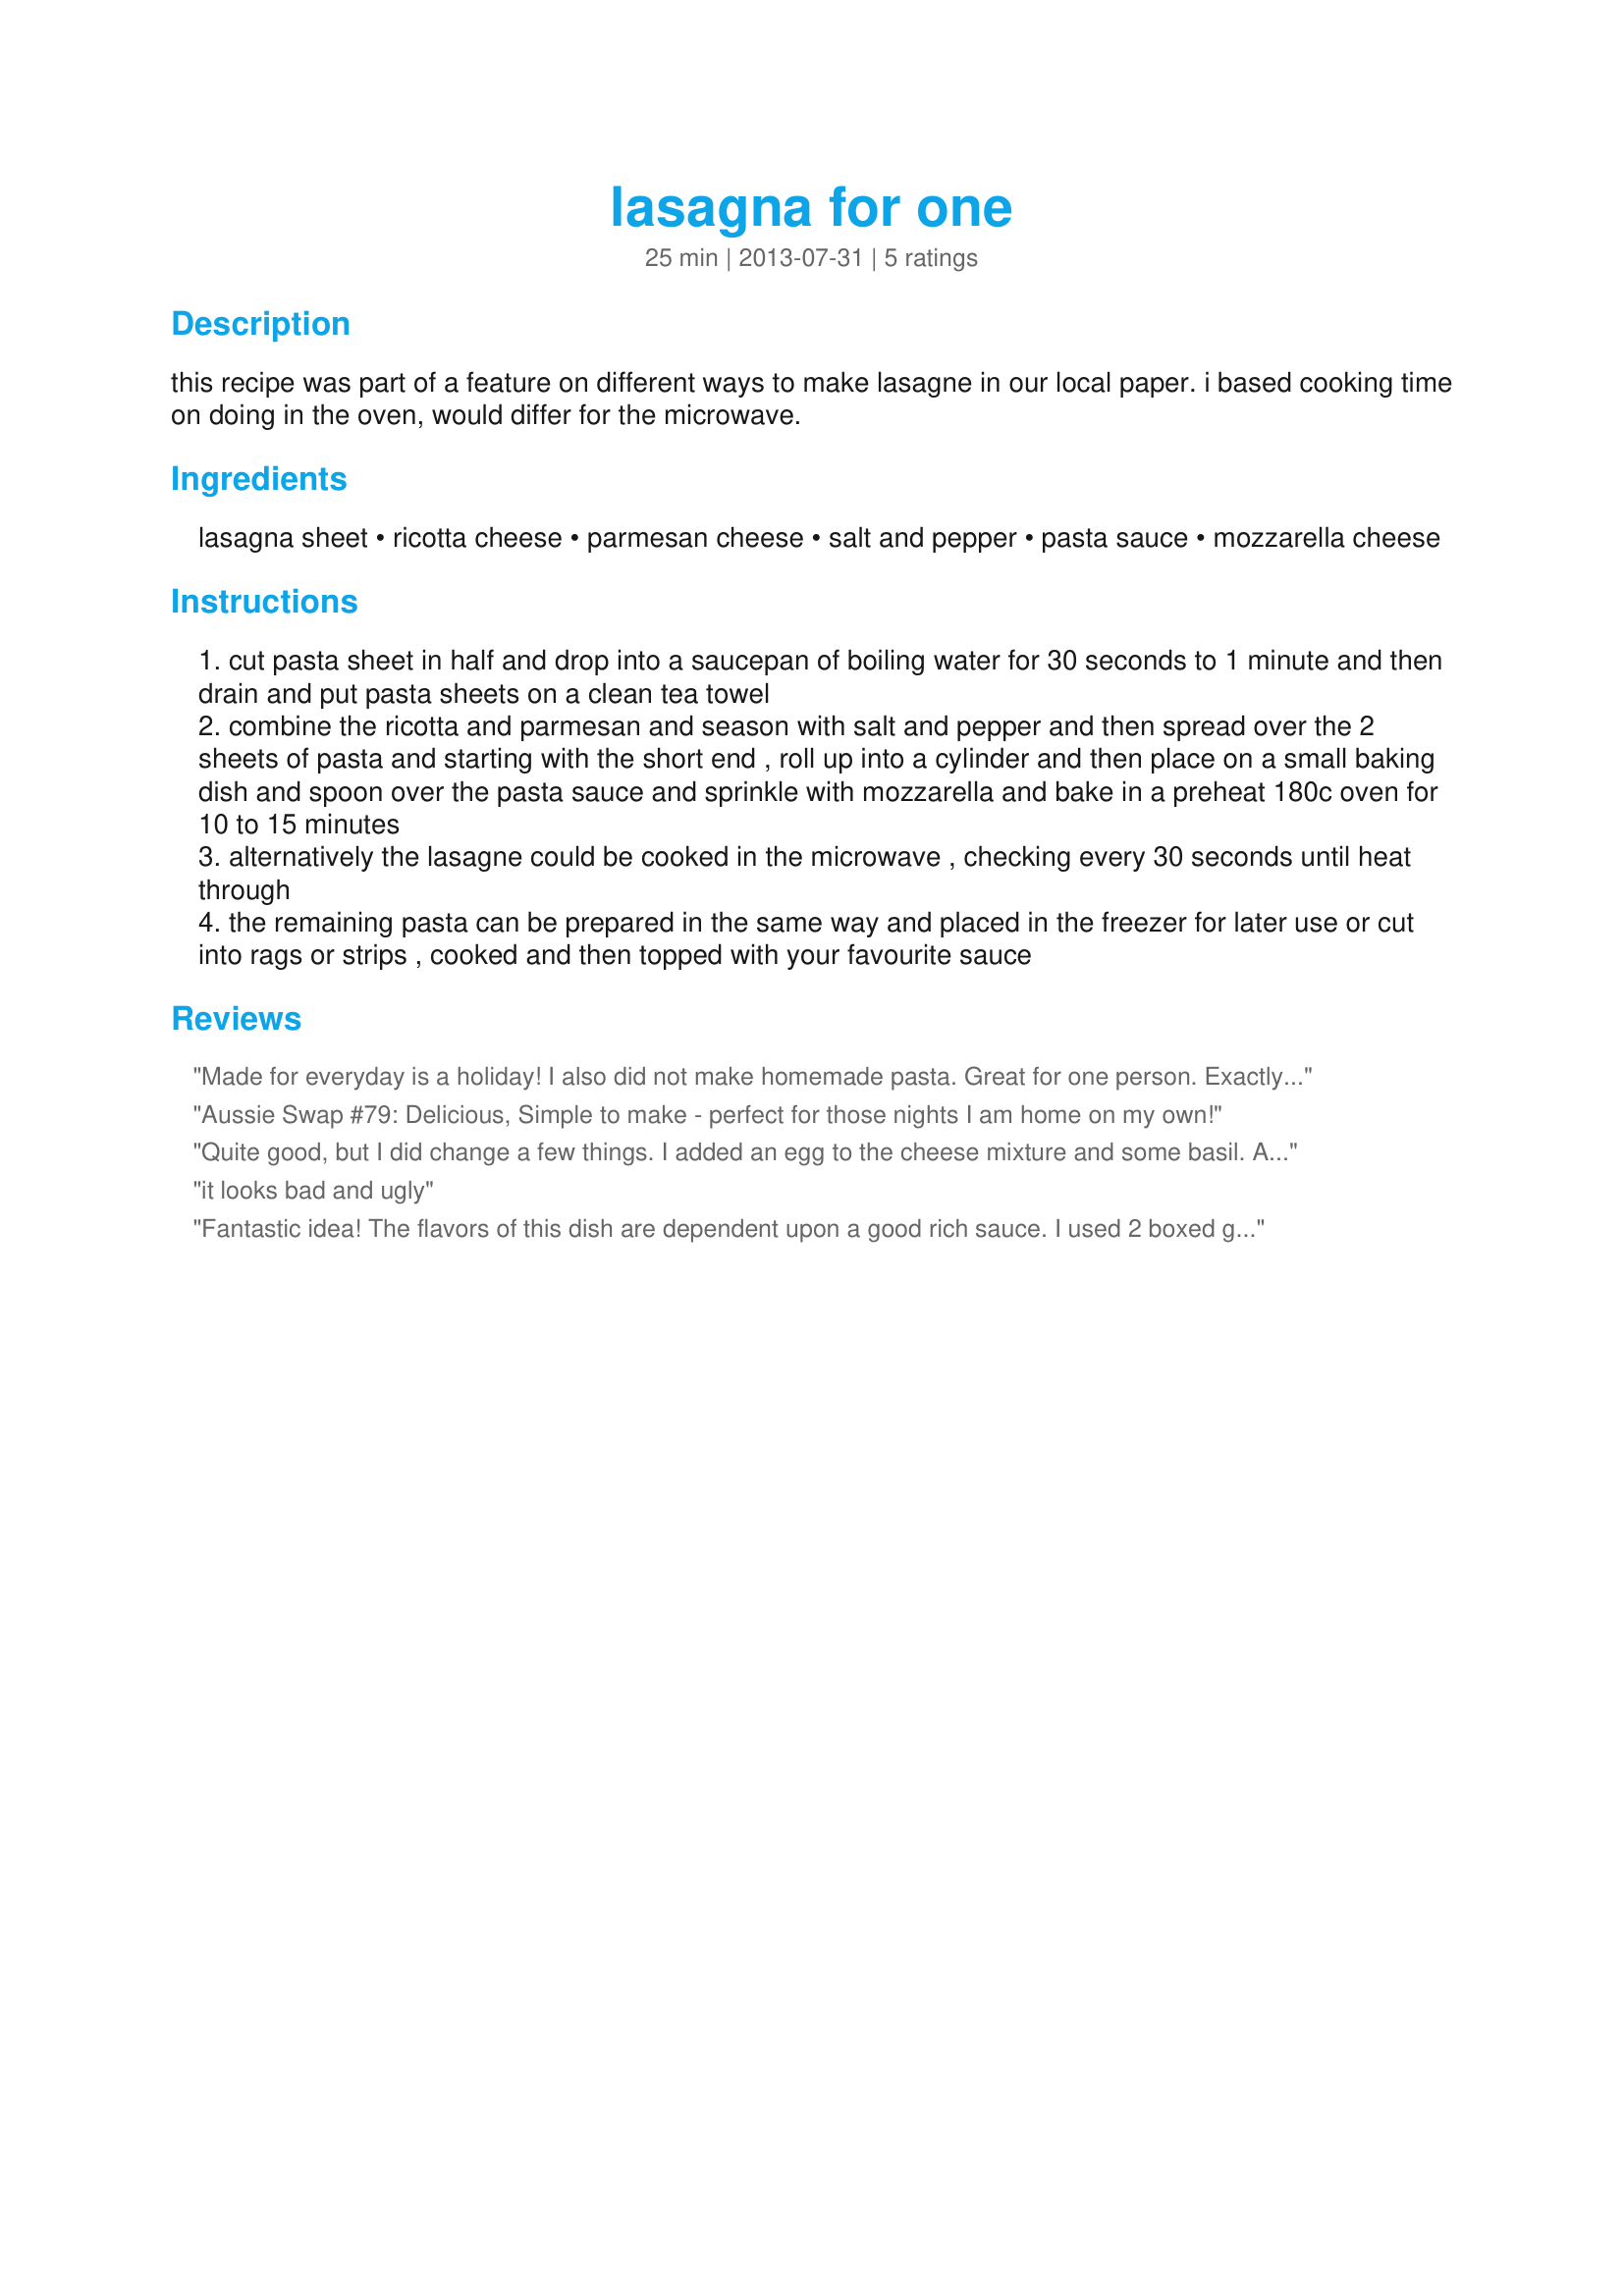
lasagna for one
Preparation time: 25 minutes

this recipe was part of a feature on different ways to make lasagne in our local paper. i based cooking time on doing in the oven, would differ for the microwave.

Ingredients:
lasagna sheet, ricotta cheese, parmesan cheese, salt and pepper, pasta sauce, mozzarella cheese

Steps:
cut pasta sheet in half and drop into a saucepan of boiling water for 30 seconds to 1 minute and then drain and put pasta sheets on a clean tea towel
combine the ricotta and parmesan and season with salt and pepper and then spread over the 2 sheets of pasta and starting with the short end , roll up into a cylinder and then place on a small baking dish and spoon over the pasta sauce and sprinkle with mozzarella and bake in a preheat 180c oven for 10 to 15 minutes
alternatively the lasagne could be cooked in the microwave , checking every 30 seconds until heat through
the remaining pasta can be prepared in the same way and placed in the freezer for later use or cut into rags or strips , cooked and then topped with your favourite sauce

Reviews:
Made for everyday is a holiday! I also did not make homemade pasta. Great for one person. Exactly what was expected! Will be making again!!! Thanks
Aussie Swap #79: Delicious, Simple to make - perfect for those nights I am home on my own!
Quite good, but I did change a few things. I added an egg to the cheese mixture and some basil. Also I was too lazy, not to mention hungry (!) to make my own pasta, so I used a boxed pasta. Thanks for sharing, made for PRMR 2013
it looks bad and ugly
Fantastic idea! The flavors of this dish are dependent upon a good rich sauce. I used 2 boxed gluten free noodles and with a salad this made 2 servings for me. Cottage cheese was whipped and used in place of the ricotta. A touch of ground nutmeg was added to the cheese filling. I like the idea of making lasagna rolls and freezing them. Thank you for a great meal for one. Made for Aussie Swap.
